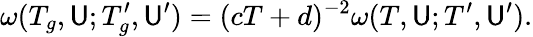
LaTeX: \omega(T_{g},\mathsf{U};T_{g}^{\prime},\mathsf{U}^{\prime})=(cT+d)^{-2}\omega(T,\mathsf{U};T^{\prime},\mathsf{U}^{\prime}).